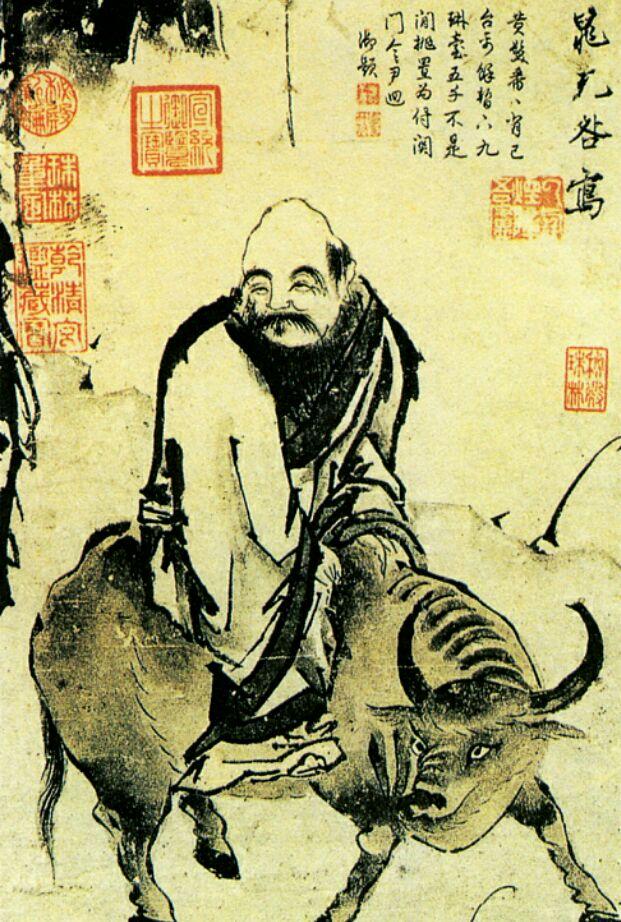
夫鱼食其饵，乃牵于缗人食其禄，乃服于君。